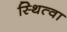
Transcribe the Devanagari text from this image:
स्थित्वा